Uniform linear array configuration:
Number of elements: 12
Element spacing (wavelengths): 0.25
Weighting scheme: hamming
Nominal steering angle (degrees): -15
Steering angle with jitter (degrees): -14.782
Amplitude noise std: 0.05
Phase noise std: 0.05

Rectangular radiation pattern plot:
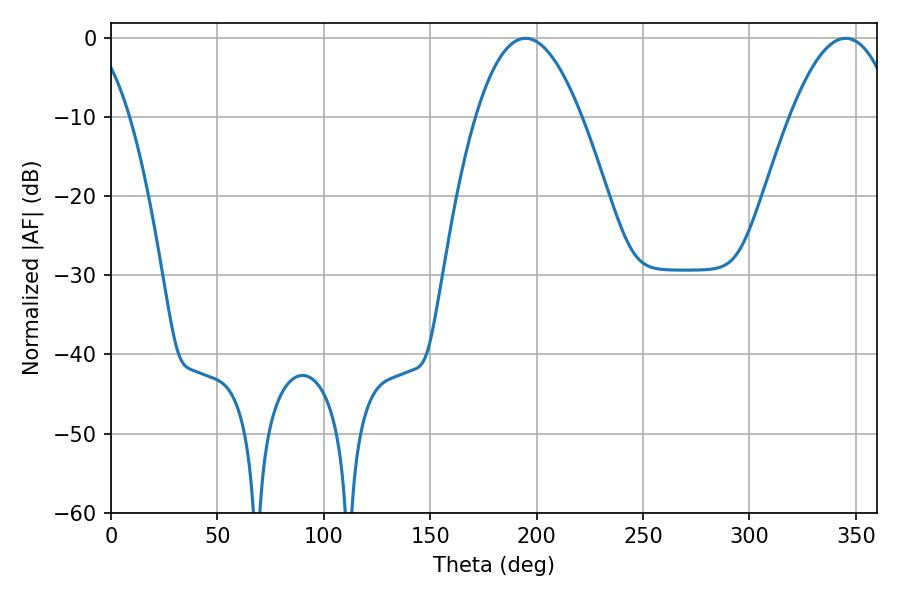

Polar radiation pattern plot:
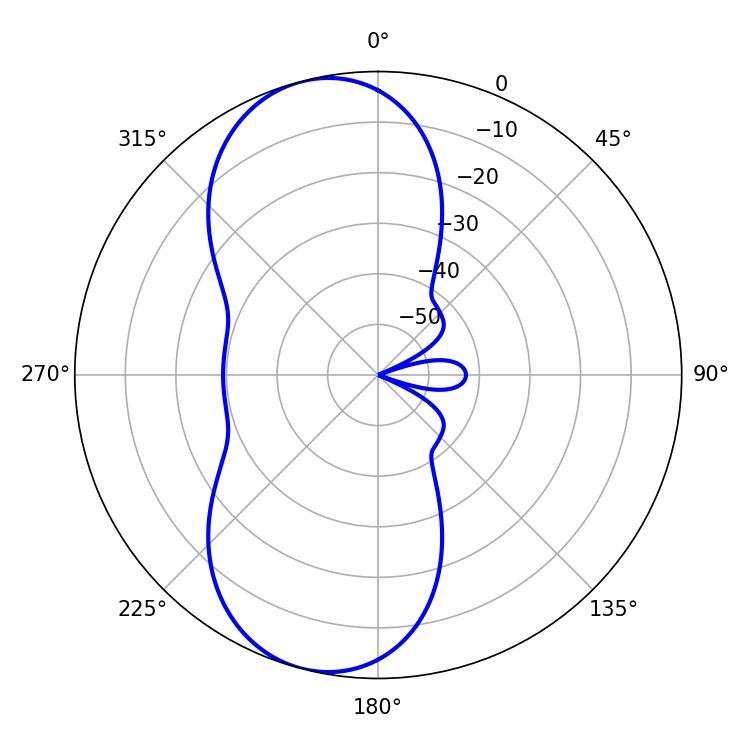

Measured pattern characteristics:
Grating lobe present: FALSE
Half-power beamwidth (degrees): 27.18
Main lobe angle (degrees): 194.76